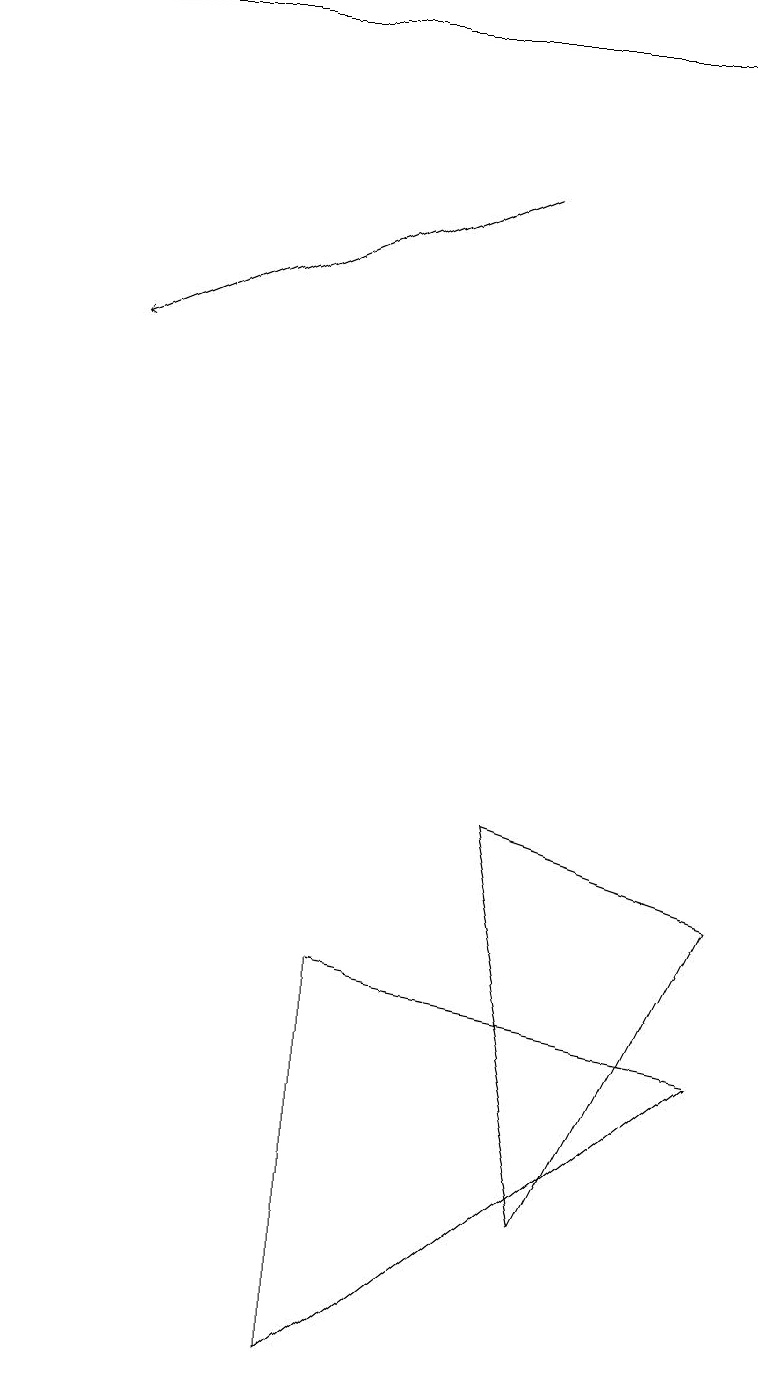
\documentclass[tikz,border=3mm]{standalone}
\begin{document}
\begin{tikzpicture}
\draw[->] (0,17) -- (9,17);
\draw (4,5) -- (9,4) -- (4,0) -- cycle;
\draw[->] (6,15) -- (1,13);
\draw (6,7) -- (7,2) -- (9,6) -- cycle;
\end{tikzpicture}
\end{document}